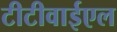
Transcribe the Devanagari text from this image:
टीटीवाईएल